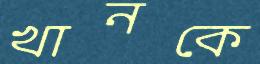
খানকে